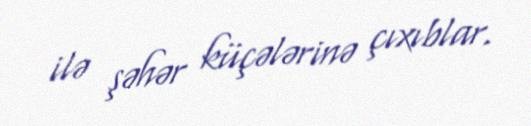
ilə şəhər küçələrinə çıxıblar.